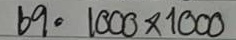
69 = 1000x1000